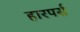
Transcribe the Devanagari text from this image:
हारपर्स